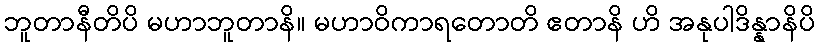
ဘူတာနီတိပိ မဟာဘူတာနိ။ မဟာဝိကာရတောတိ ဧတာနိ ဟိ အနုပါဒိန္နာနိပိ